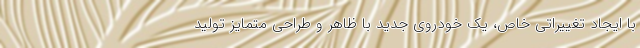
با ایجاد تغییراتی خاص، یک خودروی جدید با ظاهر و طراحی متمایز تولید